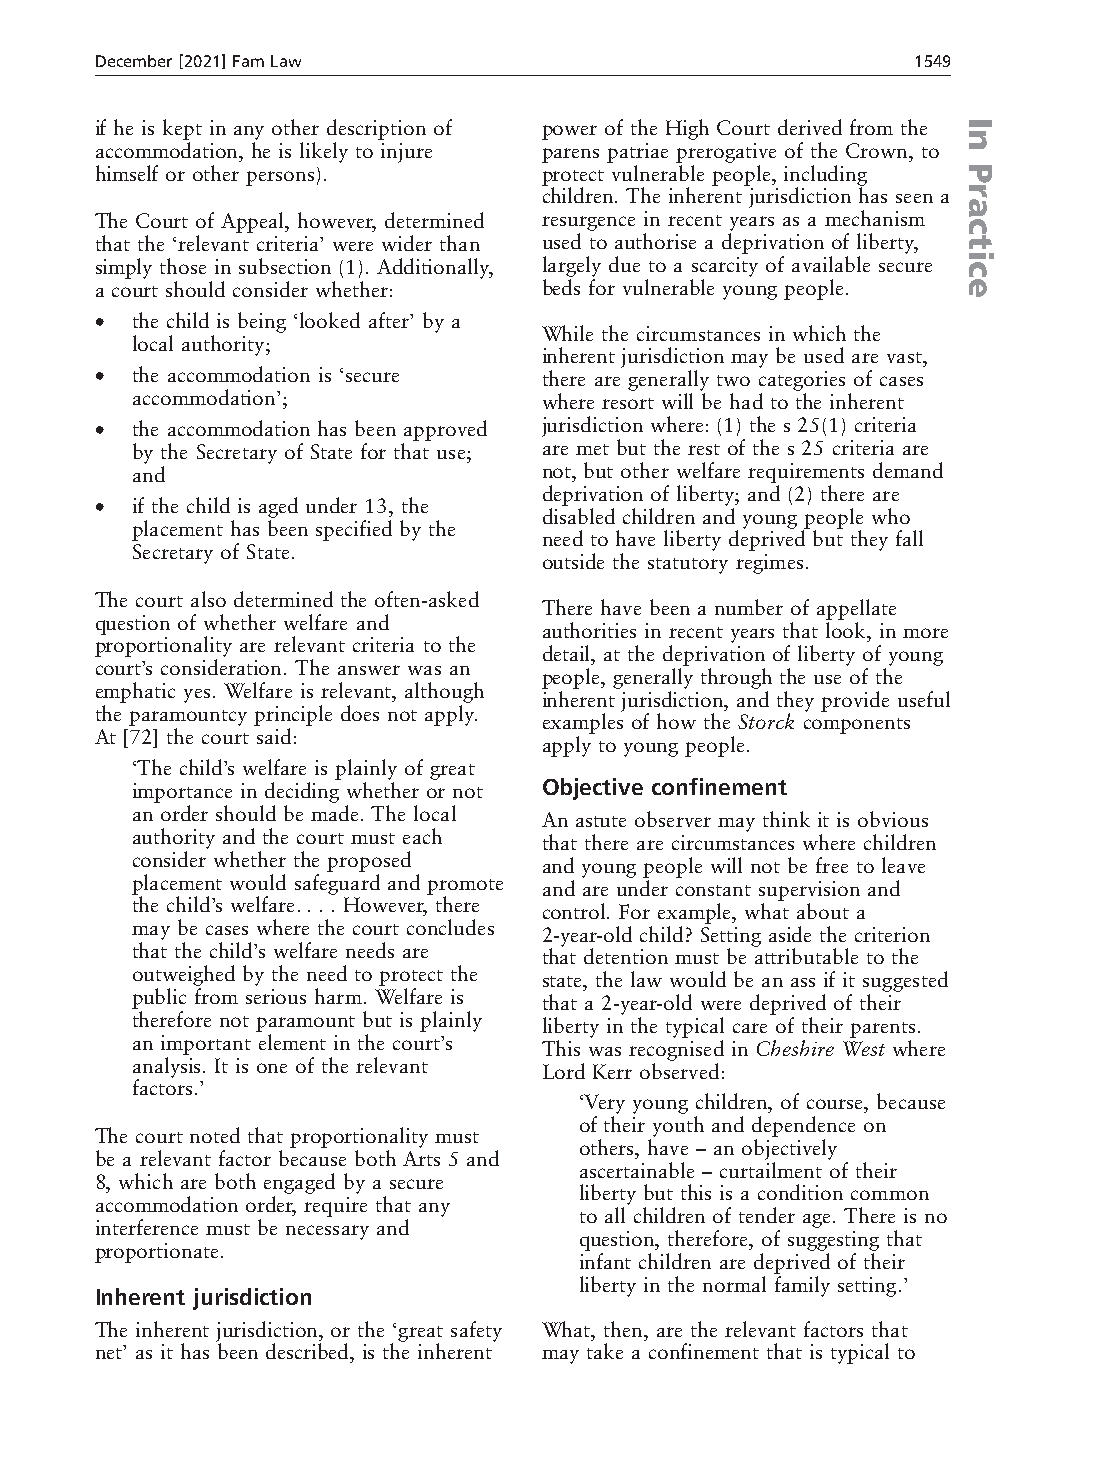
December[2021]FamLaw                                   1549
 if he is kept in any other description of power of the High Court derived from the
 accommodation, he is likely to injure parens patriae prerogative of the Crown, to
 himself or other persons).    protect vulnerable people, including
 children. The inherent jurisdiction has seen a
 The Court of Appeal, however, determined resurgence in recent years as a mechanism
 that the ‘relevant criteria’ were wider than used to authorise a deprivation of liberty,
 simply those in subsection (1). Additionally, largely due to a scarcity of available secure
 a court should consider whether: beds for vulnerable young people.
 •  the child is being ‘looked after’ by a
 While the circumstances in which the
 local authority;
 inherent jurisdiction may be used are vast,
 •  the accommodation is ‘secure there are generally two categories of cases
 accommodation’;            where resort will be had to the inherent
 •  the accommodation has been approved jurisdiction where: (1) the s25(1) criteria
 by the Secretary of State for that use; are met but the rest of the s25 criteria are
 and                        not, but other welfare requirements demand
 deprivation of liberty; and (2) there are
 •  if the child is aged under 13, the
 disabled children and young people who
 placement has been specified by the
 need to have liberty deprived but they fall
 Secretary of State.
 outside the statutory regimes.
 The court also determined the often-asked
 There have been a number of appellate
 question of whether welfare and
 authorities in recent years that look, in more
 proportionality are relevant criteria to the
 detail, at the deprivation of liberty of young
 court’s consideration. The answer was an
 people, generally through the use of the
 emphatic yes. Welfare is relevant, although
 inherent jurisdiction, and they provide useful
 the paramountcy principle does not apply.
 examples of how the Storck components
 At [72] the court said:
 apply to young people.
 ‘The child’s welfare is plainly of great
 importance in deciding whether or not Objective confinement
 an order should be made. The local An astute observer may think it is obvious
 authority and the court must each that there are circumstances where children
 consider whether the proposed and young people will not be free to leave
 placement would safeguard and promote and are under constant supervision and
 the child’s welfare.... However, there control. For example, what about a
 may be cases where the court concludes 2-year-old child? Setting aside the criterion
 that the child’s welfare needs are that detention must be attributable to the
 outweighed by the need to protect the state, the law would be an ass if it suggested
 public from serious harm. Welfare is that a 2-year-old were deprived of their
 therefore not paramount but is plainly liberty in the typical care of their parents.
 an important element in the court’s This was recognised in Cheshire West where
 analysis. It is one of the relevant Lord Kerr observed:
 factors.’
 ‘Very young children, of course, because
 of their youth and dependence on
 The court noted that proportionality must
 others, have – an objectively
 be a relevant factor because both Arts 5 and
 ascertainable – curtailment of their
 8, which are both engaged by a secure
 liberty but this is a condition common
 accommodation order, require that any
 to all children of tender age. There is no
 interference must be necessary and
 question, therefore, of suggesting that
 proportionate.
 infant children are deprived of their
 liberty in the normal family setting.’
 Inherent jurisdiction
 The inherent jurisdiction, or the ‘great safety What, then, are the relevant factors that
 net’ as it has been described, is the inherent may take a confinement that is typical to
 In
 Practice